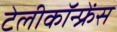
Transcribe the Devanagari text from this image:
टेलीकॉन्फ्रेंस